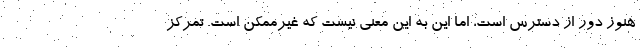
هنوز دور از دسترس است، اما این به این معنی نیست که غیرممکن است. تمرکز